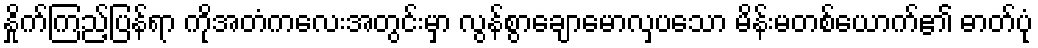
နှိုက်ကြည့်ပြန်ရာ ကိုအတံကလေးအတွင်းမှာ လွန်စွာချောမောလှပသော မိန်းမတစ်ယောက်၏ ဓာတ်ပုံ